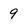
Character: 9